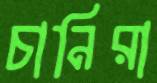
চানিরা